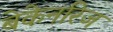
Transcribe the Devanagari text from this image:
बेकेनरिज